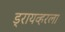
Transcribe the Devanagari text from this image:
ड्रायव्हरला